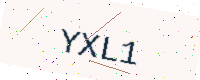
Text: YXL1